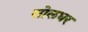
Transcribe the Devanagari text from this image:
सोलधर